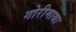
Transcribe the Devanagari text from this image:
गोरीमाथा